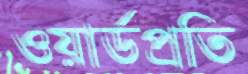
ওয়ার্ডপ্রতি